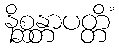
နိစ္ဆန္တာပတ္တိံ